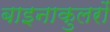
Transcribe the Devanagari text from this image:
बाइनाकुलरों